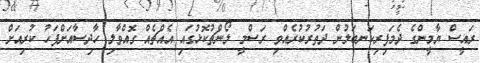
ރައީސް ޔާމީންގެ ދެމަފިރިކަނބަލުން ދަތުރުކުރެއްވި ރަސްމީ ލޯންޗުކޮޅުގައި އެއްޗެއް ގޮއްވާލި ހާދިސާއަށްފަހު ކުރިއަށް